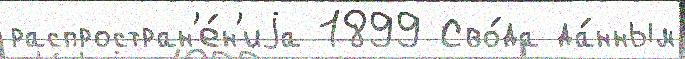
распростран'е́н'иjа 1899 Сво́да да́нным